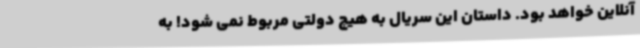
آنلاین خواهد بود. داستان این سریال به هیچ دولتی مربوط نمی شود! به